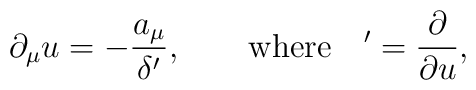
\partial_{\mu}u=-\frac{a_{\mu}}{\delta'}, \qquad \mbox{where} \quad  {}'=\frac{\partial}{\partial u},